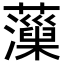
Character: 𧃡